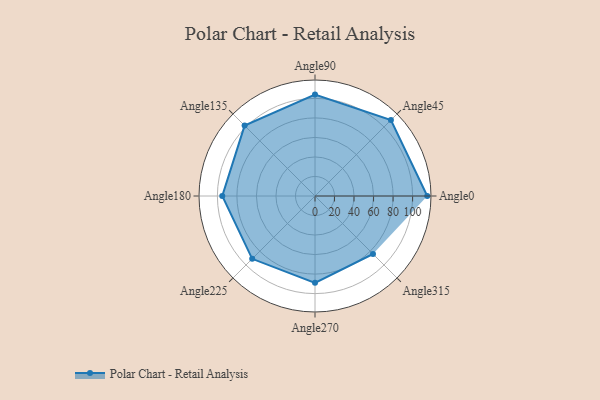
{"axis": {"x": "Angle", "y": "Radius"}, "legend": [""], "data": [{"x": "Angle0", "y": 115.0, "type": ""}, {"x": "Angle45", "y": 110.0, "type": ""}, {"x": "Angle90", "y": 104.0, "type": ""}, {"x": "Angle135", "y": 102.0, "type": ""}, {"x": "Angle180", "y": 95.0, "type": ""}, {"x": "Angle225", "y": 91.0, "type": ""}, {"x": "Angle270", "y": 89.0, "type": ""}, {"x": "Angle315", "y": 84.0, "type": ""}]}